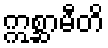
ဣစ္ဆာမီတိ